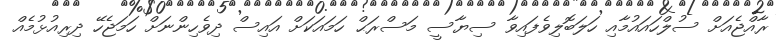
ރާއްޖެއަށް ސުލްހައައުމާއި ހަލަބޮލިވެފައިވާ ސިޔާސީ މަސްރަޙް ހަމައަކަށް އައިސް ދިވެހިންނަށް ހަމަޖެހޭ ދިރިއުޅުމެއް